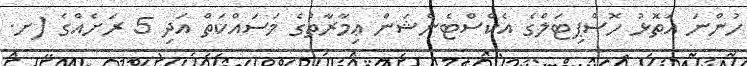
ހުންނަ އަތޮޅު ހޮސްޕިޓަލްގެ އެކްސްޓެންޝަން ޢިމާރާތުގެ މަސައްކަތް އަދި 5 ރަށެއްގެ (ށ.